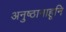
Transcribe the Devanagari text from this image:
अनुष्ठानाहूनि